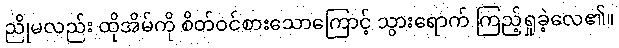
ညိုမလည်း ထိုအိမ်ကို စိတ်ဝင်စားသောကြောင့် သွားရောက် ကြည့်ရှုခဲ့လေ၏။